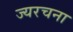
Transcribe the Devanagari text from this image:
ज्यरचना